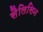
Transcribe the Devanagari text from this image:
सैलिसिन